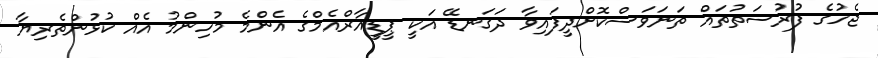
ޖެހުުުގެ ފުރުސަތުތައް ތަނަވަސްކޮށްދީފައިވާ ދަގަނޑޭ އަކީ ޕީޑީއާރްއެމްގެ އެންމެ މުހިންމު އެއް ކުޅުންތެރިޔާ